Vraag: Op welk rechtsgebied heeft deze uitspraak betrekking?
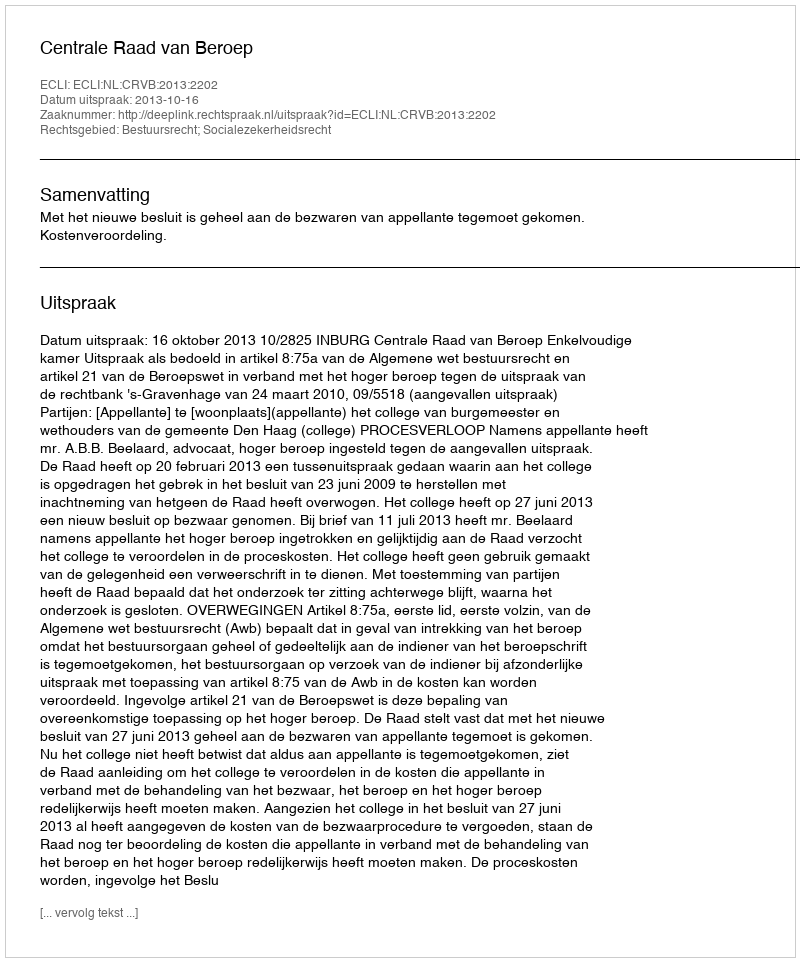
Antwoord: Bestuursrecht; Socialezekerheidsrecht